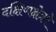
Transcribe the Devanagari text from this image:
दक्षिणक्षेत्रमे